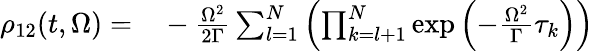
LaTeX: \begin{array}{rl}{\rho_{12}(t,\Omega)=}&{{}-\frac{\Omega^{2}}{2\Gamma}\sum_{l=1}^{N}\left(\prod_{k=l+1}^{N}\exp\left(-\frac{\Omega^{2}}{\Gamma}\tau_{k}\right)\right)}\end{array}